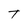
Character: T